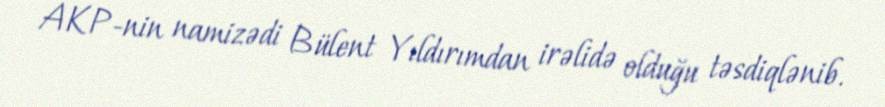
AKP-nin namizədi Bülent Yıldırımdan irəlidə olduğu təsdiqlənib.